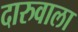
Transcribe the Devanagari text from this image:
दारुवाला